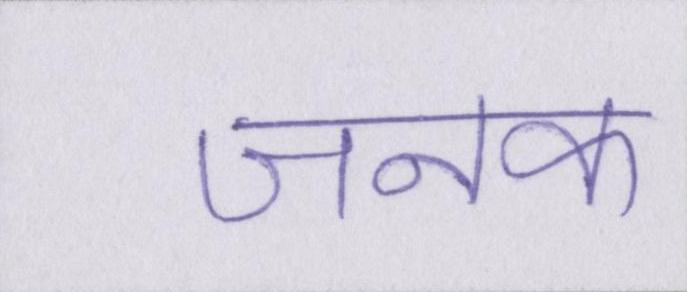
जनक